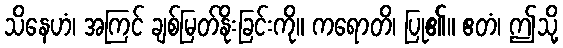
သိနေဟံ၊ အကြင် ချစ်မြတ်နိုးခြင်းကို။ ကရောတိ၊ ပြု၏။ ဧတံ၊ ဤသို့